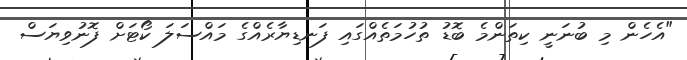
"އެހެން މި ބުނަނީ ކިތަންމެ ބޮޑު ތުހުމަތެއްގައި ފަނޑިޔާރެއްގެ މައްސަލަ ކޯޓަށް ފޮނުވިޔަސް